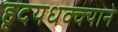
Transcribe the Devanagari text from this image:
हृदयधक्क्याने